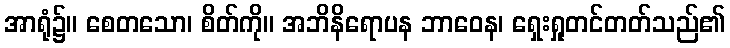
အာရုံ၌။ စေတသော၊ စိတ်ကို။ အဘိနိရောပန ဘာဝေန၊ ရှေးရှုတင်တတ်သည်၏